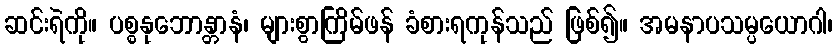
ဆင်းရဲကို။ ပစ္စနုဘောန္တာနံ၊ များစွာကြိမ်ဖန် ခံစားရကုန်သည် ဖြစ်၍။ အမနာပသမ္ပယောဂါ၊